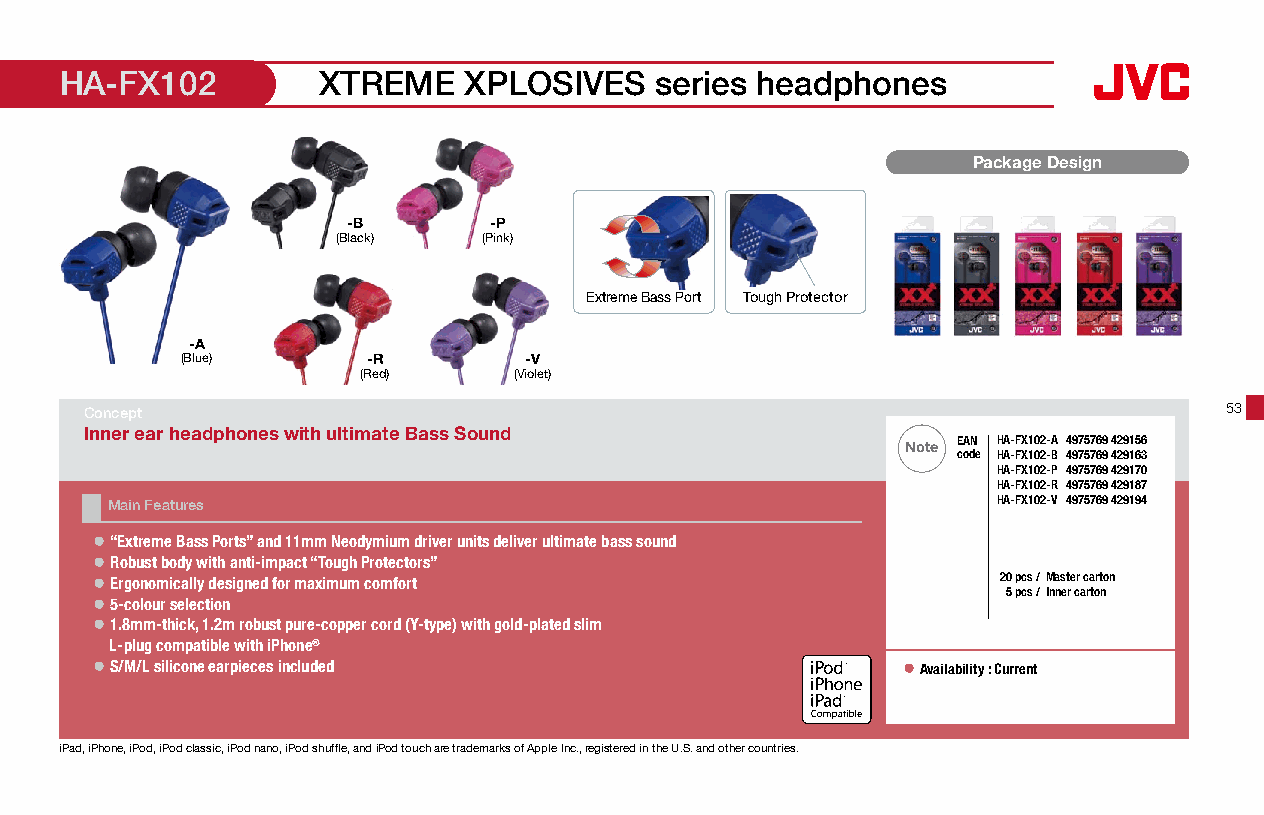
HA-FX102         XTREME    XPLOSIVES   series headphones
 Package Design
 -B       -P
 (Black)   (Pink)
 Extreme Bass Port Tough Protector
 -A
 (Blue)      -R         -V
 (Red)     (Violet)
 Concept                                                                    53
 Inner ear headphones with ultimate Bass Sound
 Note EAN HA-FX102-A 4975769 429156
 code HA-FX102-B 4975769 429163
 HA-FX102-P 4975769 429170
 HA-FX102-R 4975769 429187
 Main Features                                              HA-FX102-V 4975769 429194
 ● “Extreme Bass Ports” and 11mm Neodymium driver units deliver ultimate bass sound
 ● Robust body with anti-impact “Tough Protectors”
 ● Ergonomically designed for maximum comfort                20 pcs /Master carton
 5 pcs /Inner carton
 ● 5-colour selection
 ● 1.8mm-thick, 1.2m robust pure-copper cord (Y-type) with gold-plated slim
 L-plug compatible with iPhone®
 ● S/M/L silicone earpieces included                   ● Availability : Current
 16 x 16mm
 iPad, iPhone, iPod, iPod classic, iPod nano, iPod shuffle, and iPod touch are trademarks of Apple Inc., registered in the U.S. and other countries.